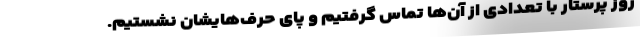
روز پرستار با تعدادی از آن‌ها تماس گرفتیم و پای حرف‌هایشان نشستیم.